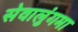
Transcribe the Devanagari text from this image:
सेवालुंगमा